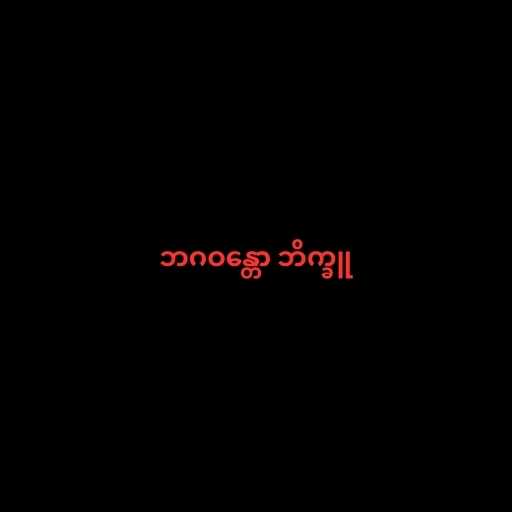
ဘဂဝန္တော ဘိက္ခူ